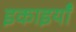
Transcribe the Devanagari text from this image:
इकाइयांँ